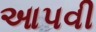
આપવી